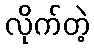
လိုက်တဲ့